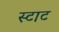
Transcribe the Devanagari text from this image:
स्टाट